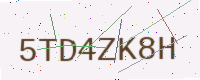
Text: 5TD4ZK8H